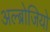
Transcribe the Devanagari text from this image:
अल्ब्रोजियो